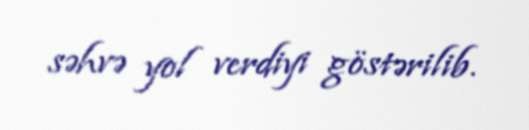
səhvə yol verdiyi göstərilib.